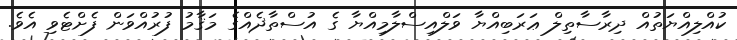
ކުއްލިއްޔަތުއް ދިރާސާތިލް ޢަރަބިއްޔާ ވަލްއިސްލާމިއްޔާ ގެ އުސްތާޛެއްގެ މަޤާމު ފުރުއްވަން ފެށްޓެވި އެވެ.